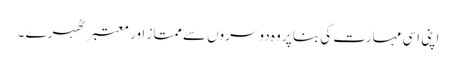
اپنی اسی مہارت کی بنا پر وہ دوسروں سے ممتاز اور معتبر ٹھہرے ۔